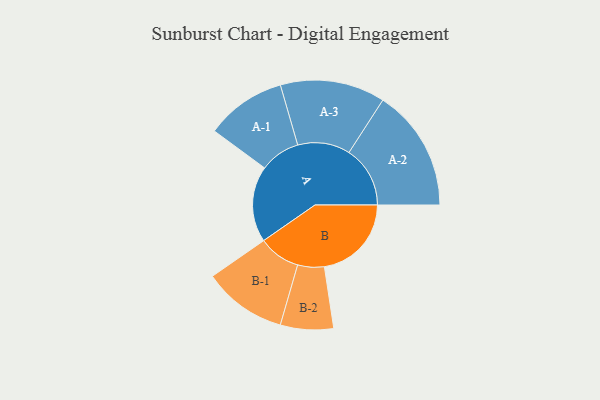
{"axis": {"x": "Segment", "y": "Value"}, "legend": ["", "A", "B"], "data": [{"x": "A", "y": 367, "type": ""}, {"x": "B", "y": 420, "type": ""}, {"x": "A-1", "y": 194, "type": "A"}, {"x": "A-2", "y": 295, "type": "A"}, {"x": "A-3", "y": 253, "type": "A"}, {"x": "B-1", "y": 202, "type": "B"}, {"x": "B-2", "y": 128, "type": "B"}]}